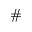
\#